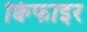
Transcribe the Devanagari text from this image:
क्विफाइर